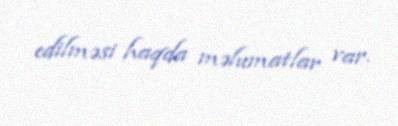
edilməsi haqda məlumatlar var.